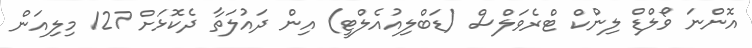
އޮންނަ ވޯލްޑް ލިންކް ޓްރެވަލްސް (ޑަބްލިއުއެލްޓީ) އިން ދައުލަތާ ދެކޮޅަށް 127 މިލިއަން